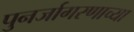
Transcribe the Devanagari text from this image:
पुनर्जागरणाच्या